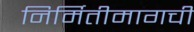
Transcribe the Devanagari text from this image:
निर्मितीमागची